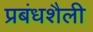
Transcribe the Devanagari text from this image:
प्रबंधशैली